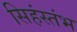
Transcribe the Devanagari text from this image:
सिहंस्तंभ